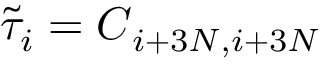
\tilde { \tau } _ { i } = \boldsymbol { C } _ { i + 3 N , i + 3 N }